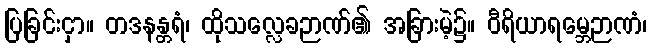
ပြခြင်းငှာ။ တဒနန္တရံ၊ ထိုသလ္လေခဉာဏ်၏ အခြားမဲ့၌။ ဝီရိယာရမ္ဘေဉာဏံ၊